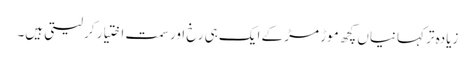
زیادہ تر کہانیاں کچھ موڑ مڑ کے ایک ہی رخ اور سمت اختیار کر لیتی ہیں۔